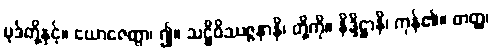
ပုဒ်တို့နှင့်။ ယောဇေတွာ၊ ၍။ သဋ္ဌိဝိဿဇ္ဇနာနိ၊ တို့ကို။ နိဒ္ဒိဋ္ဌာနိ၊ ကုန်၏။ တတ္ထ၊